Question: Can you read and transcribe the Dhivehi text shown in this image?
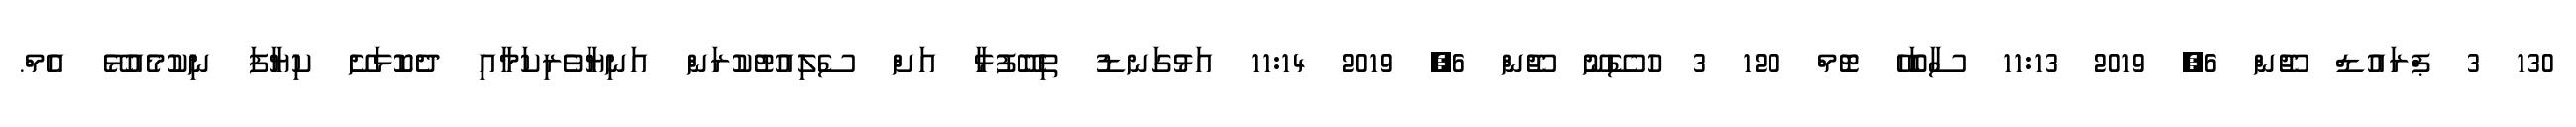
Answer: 130 3 ޕްރައުޑް ޖޫން 6, 2019 11:13 ސާބަހޭ ޓޮމް 120 3 ހުސޭނޫ ޖޫން 6, 2019 11:14 އަޅުގަނޑު ތިބޭފުޅާ އަށް ސެލިއުޓުކުރަން އަނިޔާވެރިކަމާއި ދެކޮޅަށޭ ކިޔާފަ ނިކުމެއުޅޭ އެމް.